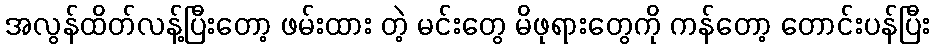
အလွန်ထိတ်လန့်ပြီးတော့ ဖမ်းထား တဲ့ မင်းတွေ မိဖုရားတွေကို ကန်တော့ တောင်းပန်ပြီး